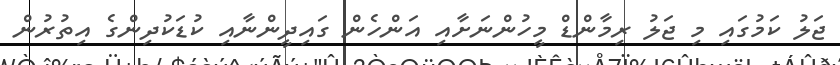
ޖަލު ކަމުގައި މި ޖަލު ރިމާންޑް މީހުންނަށާއި އަންހެން ގައިދީންނާއި ކުޑަކުދިންގެ އިތުރުން